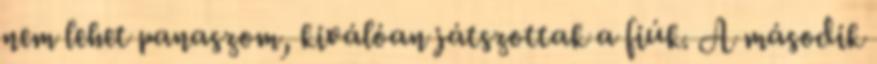
nem lehet panaszom, kiválóan játszottak a fiúk. A második